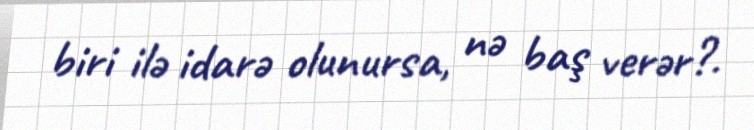
biri ilə idarə olunursa, nə baş verər?.